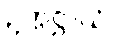
ဥက္ကဋ္ဌာယံ